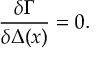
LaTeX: \frac { \delta \Gamma } { \delta \Delta ( x ) } = 0 .